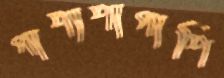
পাশাশাপাশি